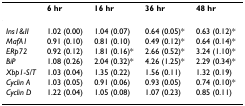
<table><thead><tr><td></td><td><b>6 hr</b></td><td><b>16 hr</b></td><td><b>36 hr</b></td><td><b>48 hr</b></td></tr></thead><tbody><tr><td><i>Ins1&amp;II</i></td><td>1.02 (0.00)</td><td>1.04 (0.07)</td><td>0.64 (0.05)*</td><td>0.63 (0.12)*</td></tr><tr><td><i>MafA1</i></td><td>0.91 (0.10)</td><td>0.81 (0.10)</td><td>0.49 (0.12)*</td><td>0.64 (0.14)*</td></tr><tr><td><i>ERp72</i></td><td>0.92 (0.12)</td><td>1.81 (0.16)*</td><td>2.66 (0.52)*</td><td>3.24 (1.10)*</td></tr><tr><td><i>BiP</i></td><td>1.08 (0.26)</td><td>2.04 (0.32)*</td><td>4.26 (1.25)*</td><td>2.29 (0.34)*</td></tr><tr><td><i>Xbp1-S/T</i></td><td>1.03 (0.04)</td><td>1.35 (0.22)</td><td>1.56 (0.11)</td><td>1.32 (0.19)</td></tr><tr><td><i>Cyclin A</i></td><td>1.03 (0.05)</td><td>0.91 (0.06)</td><td>0.93 (0.05)</td><td>0.74 (0.10)*</td></tr><tr><td><i>Cyclin D</i></td><td>1.22 (0.04)</td><td>1.05 (0.08)</td><td>1.07 (0.23)</td><td>0.85 (0.11)</td></tr></tbody></table>